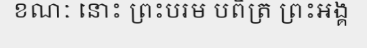
ខណៈ នោះ ព្រះបរម បពិត្រ ព្រះអង្គ